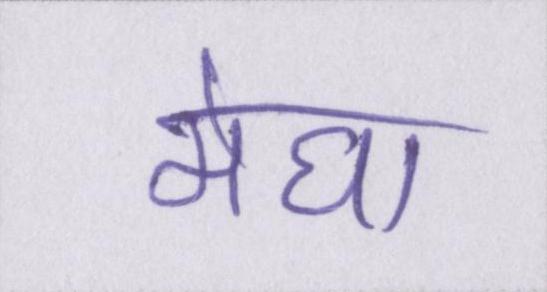
मेघा